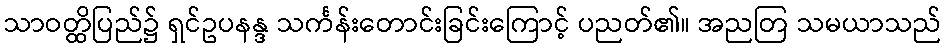
သာဝတ္ထိပြည်၌ ရှင်ဥပနန္ဒ သင်္ကန်းတောင်းခြင်းကြောင့် ပညတ်၏။ အညတြ သမယာသည်